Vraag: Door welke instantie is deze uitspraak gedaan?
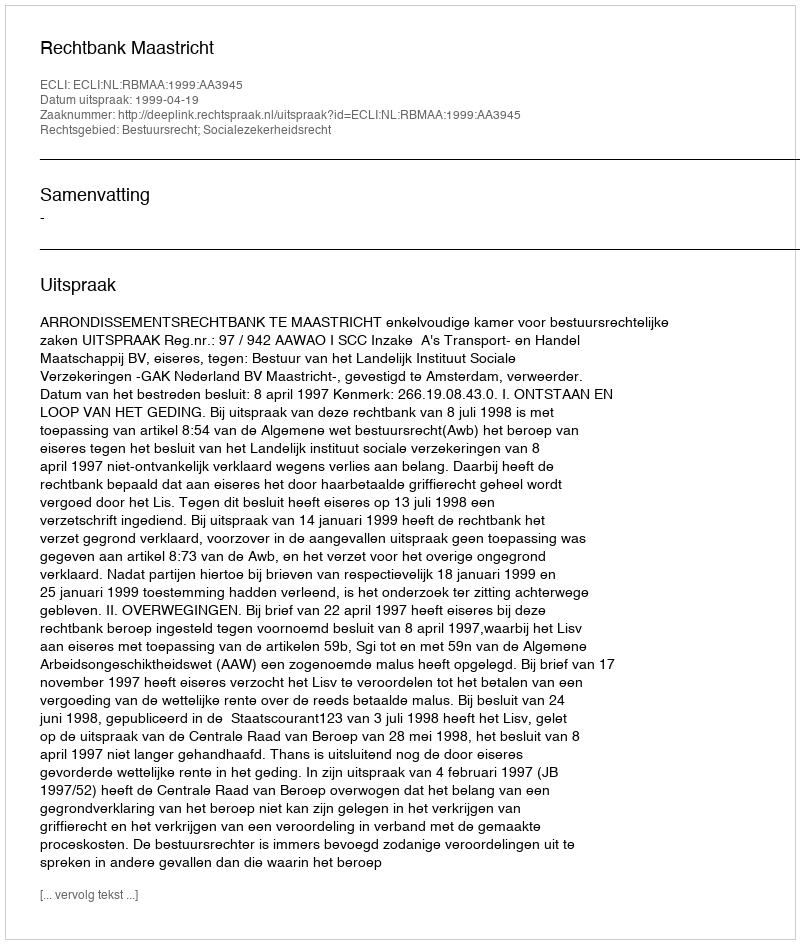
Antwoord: Rechtbank Maastricht